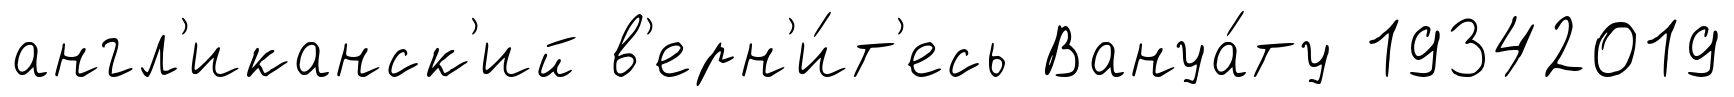
англ'иканск'ий в'ерн'и́т'есь Вануа́ту 19342019